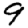
Digit: 9